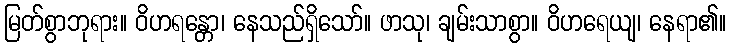
မြတ်စွာဘုရား။ ဝိဟရန္တော၊ နေသည်ရှိသော်။ ဖာသု၊ ချမ်းသာစွာ။ ဝိဟရေယျ၊ နေရာ၏။